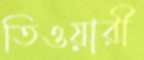
তিওয়ারী